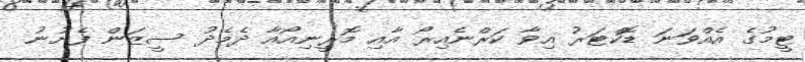
ޓީމުގެ އެއްވަނަ ޑޮކްޓަރު އިވާ ކަރްނެއިރޯ އާއި މޮރީނިއޯއާ ދެމެދު ސީޒަން ފެށުނު